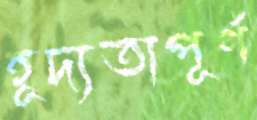
হূদ্যতাপূর্ণ